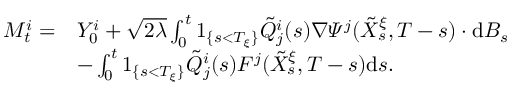
\begin{array} { r l } { M _ { t } ^ { i } = } & { Y _ { 0 } ^ { i } + \sqrt { 2 \lambda } \int _ { 0 } ^ { t } 1 _ { \{ s < T _ { \xi } \} } \tilde { Q } _ { j } ^ { i } ( s ) \nabla \varPsi ^ { j } ( \tilde { X } _ { s } ^ { \xi } , T - s ) \cdot \mathrm { d } B _ { s } } \\ & { - \int _ { 0 } ^ { t } 1 _ { \{ s < T _ { \xi } \} } \tilde { Q } _ { j } ^ { i } ( s ) F ^ { j } ( \tilde { X } _ { s } ^ { \xi } , T - s ) \mathrm { d } s . } \end{array}